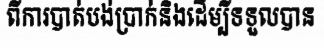
ពីការបាត់បង់ប្រាក់និងដើម្បីទទួលបាន